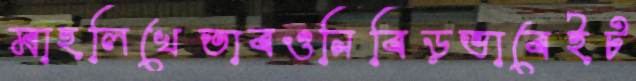
মাহলিখেতাবওনিবিড়ভাবেইট